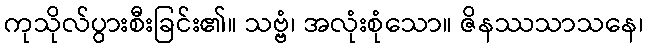
ကုသိုလ်ပွားစီးခြင်း၏။ သဗ္ဗံ၊ အလုံးစုံသော။ ဇိနဿသာသနေ၊